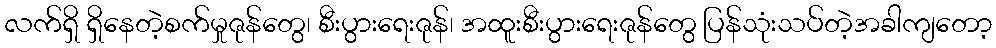
လက်ရှိ ရှိနေတဲ့စက်မှုဇုန်တွေ၊ စီးပွားရေးဇုန်၊ အထူးစီးပွားရေးဇုန်တွေ ပြန်သုံးသပ်တဲ့အခါကျတော့